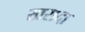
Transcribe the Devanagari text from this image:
खरादा